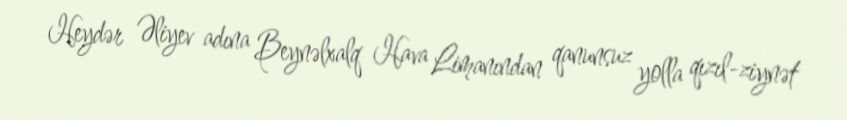
Heydər Əliyev adına Beynəlxalq Hava Limanından qanunsuz yolla qızıl-ziynət